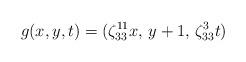
LaTeX: \begin{align*} g(x,y,t)=(\zeta_{33}^{11}x,\, y+1,\, \zeta_{33}^3t) \end{align*}